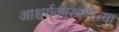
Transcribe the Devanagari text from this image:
आश्चर्यकारकरित्या